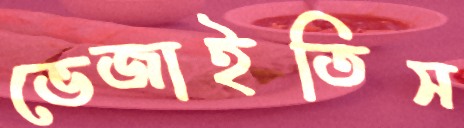
ভেজাইতিস